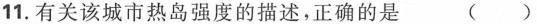
11.有关该城市热岛强度的描述，正确的是 ()